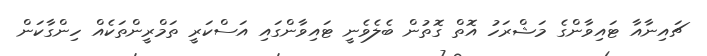
ޗައިނާއާ ޓައިވާންގެ މަޝްރަހު އޮތް ގޮތުން ބެލެވެނީ ޓައިވާންގައި އަސްކަރީ ތަމްރީންތަކެއް ހިންގާކަން